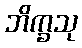
ဘိက္ခသု